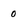
Character: 0